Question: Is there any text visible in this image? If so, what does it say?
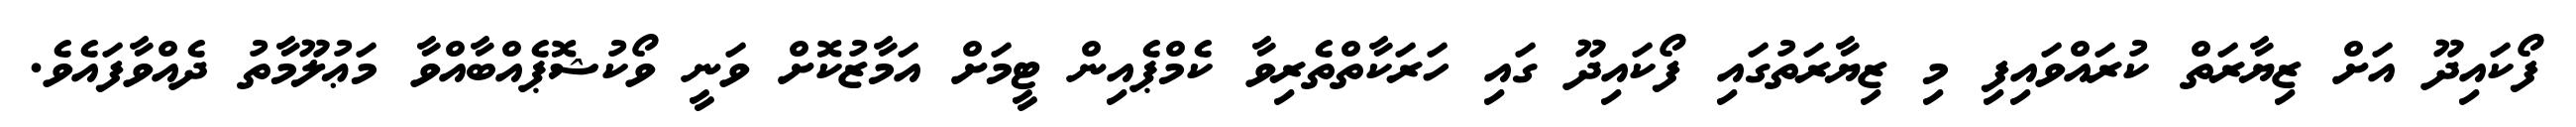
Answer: ފޯކައިދޫ އަށް ޒިޔާރަތް ކުރައްވައިފި މި ޒިޔާރަތުގައި ފޯކައިދޫ ގައި ހަރަކާތްތެރިވާ ކެމްޕެއިން ޓީމަށް އަމާޒުކޮށް ވަނީ ވޯކުޝޮޕެއްބާއްވާ މަޢުލޫމާތު ދެއްވާފައެވެ.